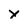
Character: x